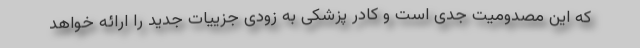
که این مصدومیت جدی است و کادر پزشکی به زودی جزییات جدید را ارائه خواهد